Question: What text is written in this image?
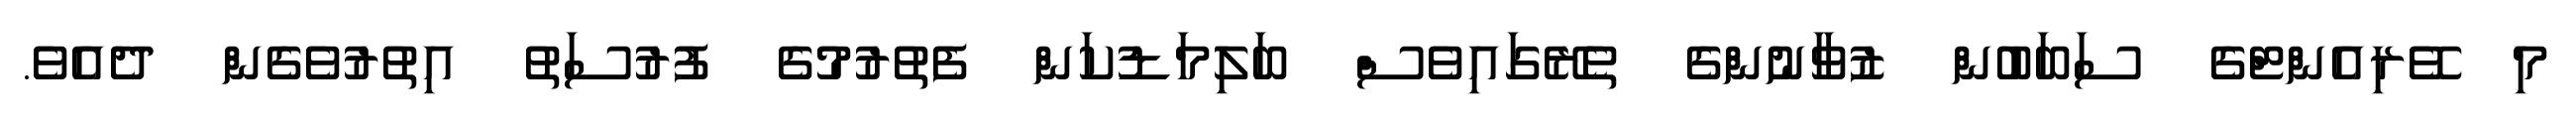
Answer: މި ވޭރިއެންޓްގެ ސަބަބުން ޒުވާނުންގެ ތެރޭގައިވެސް ބަލިމަޑުކަން ފެތުރުމުގެ ފުރުސަތު އިތުރުވެގެން ދެއެވެ.